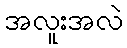
အလူးအလဲ